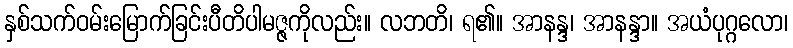
နှစ်သက်ဝမ်းမြောက်ခြင်းပီတိပါမဇ္ဇကိုလည်း။ လဘတိ၊ ရ၏။ အာနန္ဒ၊ အာနန္ဒာ။ အယံပုဂ္ဂလော၊